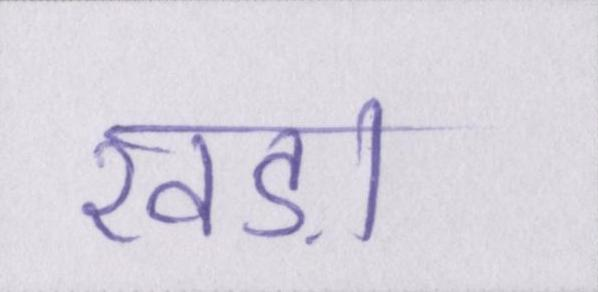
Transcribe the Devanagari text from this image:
खड़ा